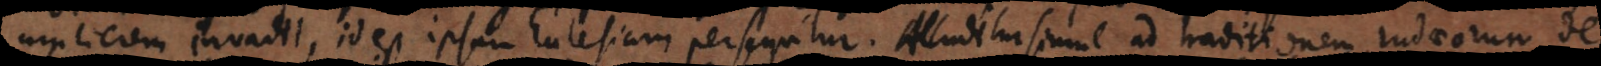
mulierem invadit, id est ipsam Ecclesiam persequitur. Alluditur simul ad traditionem Judaeorum de